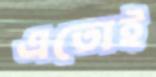
এতোই